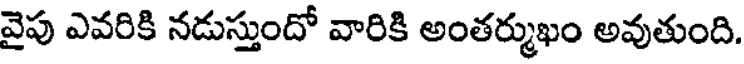
వైపు ఎవరికి నడుస్తుందో వారికి అంతర్ముఖం అవుతుంది.